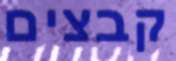
קבצים